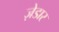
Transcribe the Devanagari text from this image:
ज़ेडार